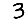
Digit: 3